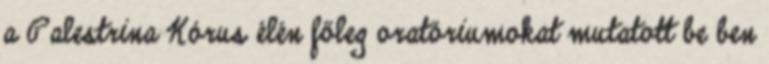
a Palestrina Kórus élén főleg oratóriumokat mutatott be ben